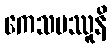
ကေသမဿူနိ